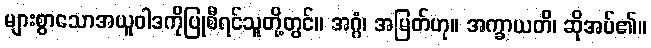
များစွာသောအယူဝါဒကိုပြုစီရင်သူတို့တွင်။ အဂ္ဂံ၊ အမြတ်ဟု။ အက္ခာယတိ၊ ဆိုအပ်၏။